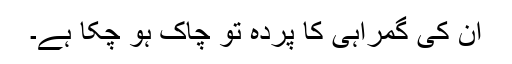
ان کی گمراہی کا پردہ تو چاک ہو چکا ہے۔